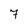
Character: 7